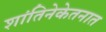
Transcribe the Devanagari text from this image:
शांतिनेकेतनात